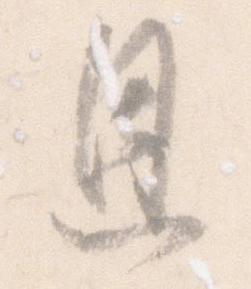
恩